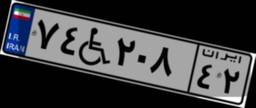
۷۴W۲۰۸۴۲